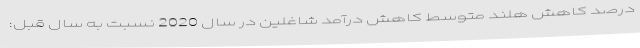
درصد کاهش هلند متوسط کاهش درآمد شاغلین در سال 2020 نسبت به سال قبل: